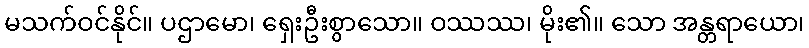
မသက်ဝင်နိုင်။ ပဌာမော၊ ရှေးဦးစွာသော။ ဝဿဿ၊ မိုး၏။ သော အန္တရာယော၊